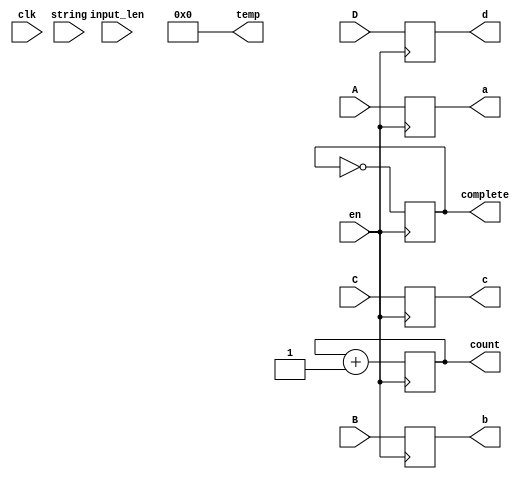
module md5update(clk,string,input_len,en,complete,A,B,C,D,a,b,c,d,count,temp);
	
	
	input clk;
	input [8:0] input_len;//64bit
	input [511:0]string;// * 8bit
	input en;


	output reg complete;//
	
	
	reg [511:0]update_str;// * 8bit
	reg [8:0]update_str_length;//
	//reg [57:0] div_group;	//512bit 
	reg [9:0] remain_byte;	//bit
	reg [5:0] padding;//
	input [31:0] A;
	input [31:0] B;
	input [31:0] C;
	input [31:0] D;
	output reg [31:0] a;
	output reg [31:0] b;
	output reg [31:0] c;
	output reg [31:0] d;
	output reg [35:0] temp;
	
	`define F(x,y,z) ((x&y) | ((~x)&z))
	`define G(x,y,z) ((x&z) | (y&(~z)))
	`define H(x,y,z) (x ^ y ^ z)
	`define I(x,y,z) (y ^ (x | (~z)))
	
	//
	output reg [7:0]count;
	
	initial
	begin
		a = 0;
		b = 0;
		c = 0;
		d = 0;
		count = 0;
		complete=0;
		temp = 0;
	end
	always @ (posedge en)
	begin	
	
		a = A;
		b = B;
		c = C;
		d = D;
		
		//FF:1
		//temp = string[31:0];
		//temp = a + ((b&c) | ((~b)&d)) + 32'hd76aa478;
		//temp = a + `F(b,c,d) + string[31:0]   + 32'hd76aa478;
		//32'hd76aa478
		
		//temp = a + ((b&c) | ((~b)&d)) + string[31:0] + 32'hd76aa478;
		//temp = {temp[24:0],temp[31:25]};
		
		//a = string[31:0];
		
		
		//a = b + ((a+((b&c)|((~b)&d))+string[31:0])<< 7  |  (a+((b&c)|((~b)&d))+string[31:0])>>(32- 7) );
		
		//a = b + ((a+((b&c)|((~b)&d))+string[31:0]+32'hd76a_a478)<< 7  |  (a+((b&c)|((~b)&d))+string[31:0]+32'hd76a_a478)>>(32- 7) ); 
		
		
		/*
		temp = d + `F(a,b,c) + string[63:32]  + 32'he8c7b756;//e8c7b756
		temp = {temp[19:0],temp[31:20]};
		d = a + temp;
		
		
		temp = c + `F(d,a,b) + string[95:64]  + 32'hdb702024;
		temp = {temp[14:0],temp[31:15]};
		c = d + temp;
		 
		temp = b + `F(c,d,a) + string[127:96] + 32'heecebdc1; 
		temp = {temp[9:0],temp[31:10]};
		b = c + temp;
		 
		temp = a + `F(b,c,d) + string[159:128]+ 32'haf0f7cf5; 
		temp = {temp[24:0],temp[31:25]};
		a = b + temp;
		
		temp = d + `F(a,b,c) + string[191:160]+ 32'h2ac68747; 
		temp = {temp[19:0],temp[31:20]};
		d = a + temp;
		
		temp = c + `F(d,a,b) + string[223:192]+ 32'h134630a8; 
		temp = {temp[14:0],temp[31:15]};
		c = d + temp;
		
		temp = b + `F(c,d,a) + string[255:224]+ 32'h019546fd; 
		temp = {temp[9:0],temp[31:10]};
		b = c + temp;
		
		temp = a + `F(b,c,d) + string[287:256]+ 32'hd8988069; 
		temp = {temp[24:0],temp[31:25]};
		a = b + temp;
		
		temp = d + `F(a,b,c) + string[319:288]+ 32'haff7448b; 
		temp = {temp[19:0],temp[31:20]};
		d = a + temp;
		
		temp = c + `F(d,a,b) + string[351:320]+ 32'hb15bffff; 
		temp = {temp[14:0],temp[31:15]};
		c = d + temp;
		
		temp = b + `F(c,d,a) + string[383:352]+ 32'hbed75c89; 
		temp = {temp[9:0],temp[31:10]};
		b = c + temp;
		
		temp = a + `F(b,c,d) + string[415:384]+ 32'h2211906b; 
		temp = {temp[24:0],temp[31:25]};
		a = b + temp;
		
		temp = d + `F(a,b,c) + string[447:416]+ 32'h937198fd; 
		temp = {temp[19:0],temp[31:20]};
		d = a + temp;
		
		temp = c + `F(d,a,b) + string[479:448]+ 32'h8e4379a6; 
		temp = {temp[14:0],temp[31:15]};
		c = d + temp;
		
		temp = b + `F(c,d,a) + string[511:480]+ 32'h2108b449; 
		temp = {temp[9:0],temp[31:10]};
		b = c + temp;
		
		//GG
		
		temp = a + `G(b,c,d) + string[63:32] +  	32'hf61e2562; 
		temp = {temp[26:0],temp[31:27]};
		a = b + temp;
		
		temp = d + `G(a,b,c) + string[223:192]+	32'hc040b340; 
		temp = {temp[22:0],temp[31:23]};
		d = a + temp;
		
		temp = c + `G(d,a,b) + string[479:448]+  	32'h265e5a51; 
		temp = {temp[17:0],temp[31:18]};
		c = d + temp;
		
		temp = b + `G(c,d,a) + string[31:0]+ 		32'he9b6c7aa; 
		temp = {temp[11:0],temp[31:12]};
		b = c + temp;
		
		//
		temp = a + `G(b,c,d) + string[192:160]+ 	32'hd62f105d; 
		temp = {temp[26:0],temp[31:27]};
		a = b + temp;
		
		temp = d + `G(a,b,c) + string[351:320]+ 	32'h2441453; 
		temp = {temp[22:0],temp[31:23]};
		d = a + temp;
		
		temp = c + `G(d,a,b) + string[511:480]+ 	32'hd8a1e681; 
		temp = {temp[17:0],temp[31:18]};
		c = d + temp;
		
		temp = b + `G(c,d,a) + string[159:128]+ 	32'he7d3fbc8; 
		temp = {temp[11:0],temp[31:12]};
		b = c + temp;
		
		//
		temp = a + `G(b,c,d) + string[319:288]+ 	32'h21e1cde6; 
		temp = {temp[26:0],temp[31:27]};
		a = b + temp;
		
		temp = d + `G(a,b,c) + string[479:448]+ 	32'hc33707d6; 
		temp = {temp[22:0],temp[31:23]};
		d = a + temp;
		
		temp = c + `G(d,a,b) + string[127:96]+ 	32'hf4d50d87; 
		temp = {temp[17:0],temp[31:18]};
		c = d + temp;
		
		temp = b + `G(c,d,a) + string[287:256]+ 	32'h455a14ed; 
		temp = {temp[11:0],temp[31:12]};
		b = c + temp;
		
		//
		temp = a + `G(b,c,d) + string[447:416]+ 	32'ha9e3e905; 
		temp = {temp[26:0],temp[31:27]};
		a = b + temp;
		
		temp = d + `G(a,b,c) + string[95:64]+ 		32'hfcefa3f8; 
		temp = {temp[22:0],temp[31:23]};
		d = a + temp;
		
		temp = c + `G(d,a,b) + string[255:224]+ 	32'h676f02d9; 
		temp = {temp[17:0],temp[31:18]};
		c = d + temp;
		
		temp = b + `G(c,d,a) + string[415:384]+ 	32'h8d2a4c8a; 
		temp = {temp[11:0],temp[31:12]};
		b = c + temp;
		
		//HH	
		
		temp= a + `H(b,c,d) + string[191:160] +32'h4239faff;
		temp={temp[27:0],temp[31:28]};
		a=b+temp;
	
		temp = d + `H(a,b,c) + string[287:256]+ 32'h81f67187; 
		temp = {temp[20:0],temp[31:21]};
		d = a  + temp;
	
		temp = c + `H(d,a,b) + string[383:352]+ 32'h22619d6d; 
		temp = {temp[15:0],temp[31:16]};
		c = d + temp;
	
		temp = b + `H(c,d,a) + string[479:448]+ 32'h0c38e5fd; 
		temp = {temp[8:0],temp[31:9]};
		b = c + temp;
		//
		temp= a + `H(b,c,d) + string[63:32] +32'h44eabea4;
		temp={temp[27:0],temp[31:28]};
		a=b+temp;

		temp = d + `H(a,b,c) + string[159:128]+ 32'ha9cfde4b; 
		temp = {temp[20:0],temp[31:21]};
		d = a  + temp;
		
		temp = c + `H(d,a,b) + string[255:224]+ 32'h604bbbf6; 
		temp = {temp[15:0],temp[31:16]};
		c = d + temp;
		
		temp = b + `H(c,d,a) + string[351:320]+ 32'h70bcbfbe; 
		temp = {temp[8:0],temp[31:9]};
		b = c + temp;
		//
		temp= a + `H(b,c,d) + string[447:416] +32'hc67e9b28;
		temp={temp[27:0],temp[31:28]};
		a=b+temp;

		temp = d + `H(a,b,c) + string[31:0]+ 32'hfa27a1ea; 
		temp = {temp[20:0],temp[31:21]};
		d = a  + temp;
		
		temp = c + `H(d,a,b) + string[127:96]+ 32'h8530efd4; 
		temp = {temp[15:0],temp[31:16]};
		c = d + temp;
		
		temp = b + `H(c,d,a) + string[223:192]+ 32'h051d8804; 
		temp = {temp[8:0],temp[31:9]};
		b = c + temp;
		//
		temp= a + `H(b,c,d) + string[319:288] +32'h39d0d4d9;
		temp={temp[27:0],temp[31:28]};
		a=b+temp;

		temp = d + `H(a,b,c) + string[415:384]+ 32'he599dbe6; 
		temp = {temp[20:0],temp[31:21]};
		d = a  + temp;
		
		temp = c + `H(d,a,b) + string[511:480]+ 32'hf87ca21f; 
		temp = {temp[15:0],temp[31:16]};
		c = d + temp;
		
		temp = b + `H(c,d,a) + string[95:64]+ 32'h6556acc4; 
		temp = {temp[8:0],temp[31:9]};
		b = c + temp;
		/////////

		
		
		
		temp= a + `I(b,c,d) + string[31:0] +32'h442229f4;
		temp={temp[25:0],temp[31:26]};
		a=b+temp;

		temp = d + `I(a,b,c) + string[255:224]+ 32'h97ff2a43; 
		temp = {temp[21:0],temp[31:22]};
		d = a  + temp;
		
		temp = c + `I(d,a,b) + string[479:448]+ 32'ha72394ab; 
		temp = {temp[16:0],temp[31:17]};
		c = d + temp;
		
		temp = b + `I(c,d,a) + string[191:160]+ 32'h39a093fc; 
		temp = {temp[10:0],temp[31:11]};
		b = c + temp;
		//
		temp= a + `I(b,c,d) + string[415:384] +32'hc3595b65;
		temp={temp[25:0],temp[31:26]};
		a=b+temp;

		temp = d + `I(a,b,c) + string[127:96]+ 32'h92cc0c8f; 
		temp = {temp[21:0],temp[31:22]};
		d = a  + temp;
		
		temp = c + `I(d,a,b) + string[351:320]+ 32'h7df4efff; 
		temp = {temp[16:0],temp[31:17]};
		c = d + temp;
		
		temp = b + `I(c,d,a) + string[63:32]+ 32'hd15d8485; 
		temp = {temp[10:0],temp[31:11]};
		b = c + temp;
		//
		temp= a + `I(b,c,d) + string[287:256] +32'h4f7ea86f;
		temp={temp[25:0],temp[31:26]};
		a=b+temp;

		temp = d + `I(a,b,c) + string[511:480]+ 32'he0e62cfe; 
		temp = {temp[21:0],temp[31:22]};
		d = a  + temp;
		
		temp = c + `I(d,a,b) + string[223:192]+ 32'h144301a3; 
		temp = {temp[16:0],temp[31:17]};
		c = d + temp;
		
		temp = b + `I(c,d,a) + string[447:416]+ 32'ha111084e; 
		temp = {temp[10:0],temp[31:11]};
		b = c + temp;
		//
		temp= a + `I(b,c,d) + string[159:128] +32'h827e53f7;
		temp={temp[25:0],temp[31:26]};
		a=b+temp;

		temp = d + `I(a,b,c) + string[383:352]+ 32'h35f23abd; 
		temp = {temp[21:0],temp[31:22]};
		d = a  + temp;
		
		temp = c + `I(d,a,b) + string[95:64]+ 32'hbbd2d72a; 
		temp = {temp[16:0],temp[31:17]};
		c = d + temp;
		
		temp = b + `I(c,d,a) + string[319:288]+ 32'h91d386eb; 
		temp = {temp[10:0],temp[31:11]};
		b = c + temp;
		*/
		
		count = count + 1;
		complete=~complete;
	end
	
endmodule